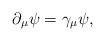
LaTeX: \begin{align*}\partial_\mu \psi = \gamma_\mu \psi,\end{align*}